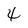
Character: 4